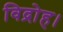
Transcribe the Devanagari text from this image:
विद्रोह।